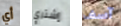
أي إشتري آسف